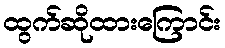
ထွက်ဆိုထားကြောင်း